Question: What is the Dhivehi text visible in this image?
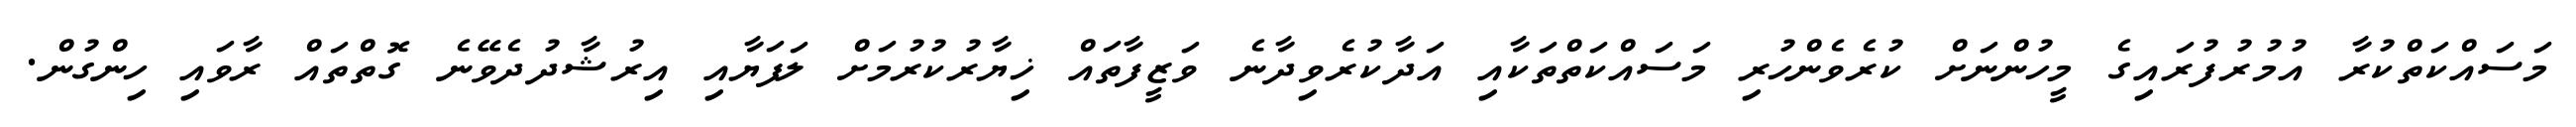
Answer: މަސައްކަތްކުރާ އުމުރުފުރައިގެ މީހުންނަށް ކުރެވެންހުރި މަސައްކަތްތަކާއި އަދާކުރެވިދާނެ ވަޒީފާތައް ޚިޔާރުކުރުމަށް ލަފަޔާއި އިރުޝާދުދެވޭނެ ގޮތްތައް ރާވައި ހިންގުން.